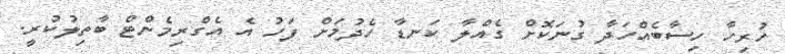
ހުރިހާ ހިސާބެއްހަދާ ގުނަކޮށް ގެއްލާ ކަނޑާ ހެދުމަށް ފަހު އެ އެގްރިމެންޓް ބާތިލުކުރީ.